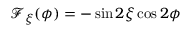
\mathcal { F } _ { \xi } ( \phi ) = - \sin 2 \xi \cos 2 \phi